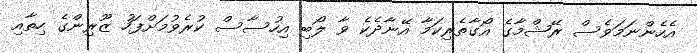
އެހެންނަމަވެސް ރޭޝްމާގެ އޯގާތެރިކަމާ އޭނާދެކެ ވާ ލޯބި އިހުސާސް ކުރެވުމަށްފަހު ޒޫރިންގެ ހިތާއި